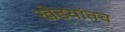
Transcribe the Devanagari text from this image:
खेडयांतच